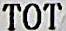
TOTAL